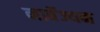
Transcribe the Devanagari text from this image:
नार्वेज्यन